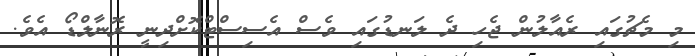
މި މެޗުގައި ރެއާލުން ޖެހި ދެ ލަނޑުގައި ވެސް އެސިސްޓްކޮށްދިނީ ރޮނާލްޑޯ އެވެ.